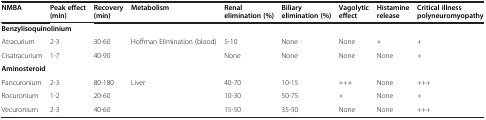
| NMBA | Peak effect (min) | Recovery (min) | Metabolism | Renal elimination (%) | Biliary elimination (%) | Vagolytic effect | Histamine release | Critical illness polyneuromyopathy |
 | --- | --- | --- | --- | --- | --- | --- | --- | --- |
 | <COLSPAN=9> Benzylisoquinolinium |
 | Atracurium | 2-3 | 30-60 | <ROWSPAN=2> Hoffman Elimination (blood) | 5-10 | None | None | + | + |
 | Cisatracurium | 1-7 | 40-90 | None | None | None | None | + |
 | <COLSPAN=9> Aminosteroid |
 | Pancuronium | 2-3 | 80-180 | <ROWSPAN=2> Liver | 40-70 | 10-15 | +++ | None | +++ |
 | Rocuronium | 1-2 | 20-60 | 10-30 | 50-75 | + | None | + |
 | Vecuroniurn | 2-3 | 40-60 |  | 15-50 | 35-50 | None | None | +++ |